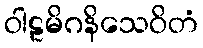
ဝါဠမိဂနိသေဝိတံ